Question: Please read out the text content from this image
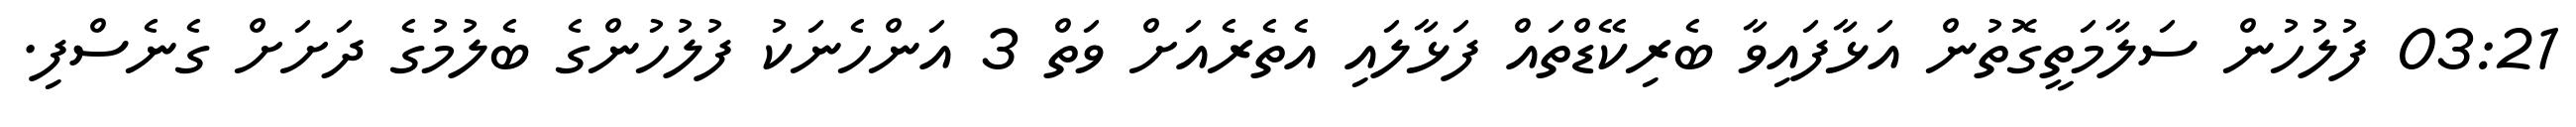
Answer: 03:21 ފުލުހުން ސަލާމަތީގޮތުން އަޅާފައިވާ ބެރިކޭޑްތައް ފަޅާލައި އެތެރެއަށް ވަތް 3 އަންހެނަކު ފުލުހުންގެ ބެލުމުގެ ދަށަށް ގެނެސްފި.